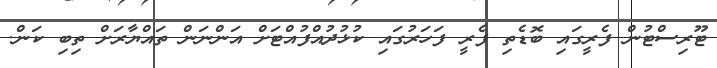
ޓޫރިސްޓުން ފެރީގައި ބޮޑެތި ފެރީ ފަހަރުގައި ކުޅުދުއްފުއްޓަށް އަންނަން ތައްޔާރަށް ތިބި ކަން.